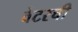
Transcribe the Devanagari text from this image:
वेटरची